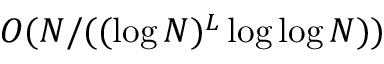
O ( N / ( ( \log N ) ^ { L } \log \log N ) )